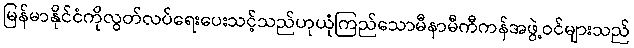
မြန်မာနိုင်ငံကိုလွတ်လပ်ရေးပေးသင့်သည်ဟုယုံကြည်သောမီနာမီကီကန်အဖွဲ့ဝင်များသည်